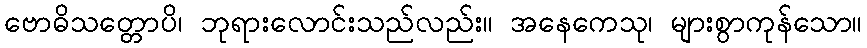
ဗောဓိသတ္တောပိ၊ ဘုရားလောင်းသည်လည်း။ အနေကေသု၊ များစွာကုန်သော။